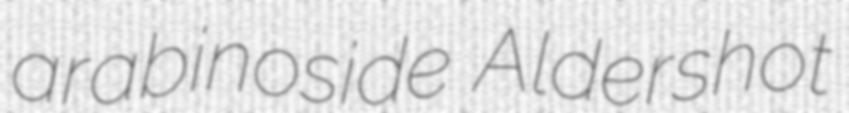
arabinoside Aldershot